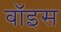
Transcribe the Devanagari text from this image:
वाॅइस